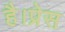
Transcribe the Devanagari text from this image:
है।प्रेस